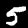
Digit: 5